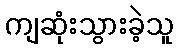
ကျဆုံးသွားခဲ့သူ